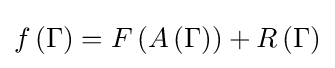
f\left(\Gamma \right)=F\left(A\left(\Gamma \right)\right)+R\left(\Gamma \right)